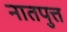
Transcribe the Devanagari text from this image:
नातपुत्त